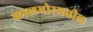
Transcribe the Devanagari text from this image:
काळभोरमधील